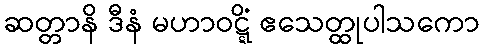
ဆတ္တာနိ ဒီနံ မဟာဝဋ္ဋိံ ဧသေတ္ထုပါသကော